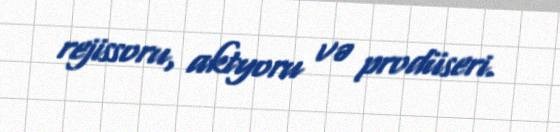
rejissoru, aktyoru və prodüseri.